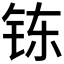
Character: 𲇷